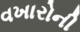
વખારોની